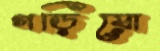
গড়িয়ো